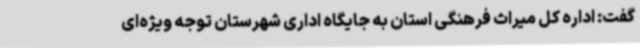
گفت: اداره کل میراث فرهنگی استان به جایگاه اداری شهرستان توجه ویژه‌ای